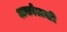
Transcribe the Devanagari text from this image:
अर्काटासी